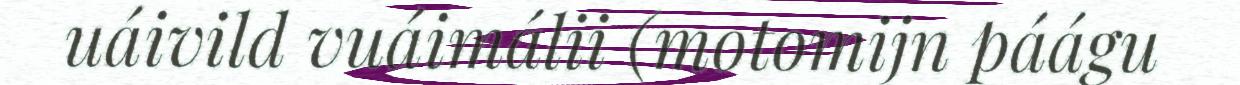
uáivild vuáimálii (motomijn páágu